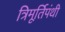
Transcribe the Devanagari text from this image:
त्रिमूर्तिपंथी